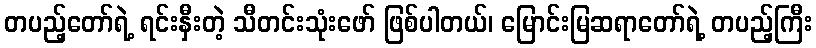
တပည့်တော်ရဲ့ ရင်းနှီးတဲ့ သီတင်းသုံးဖော် ဖြစ်ပါတယ်၊ မြောင်းမြဆရာတော်ရဲ့ တပည့်ကြီး